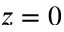
z = 0